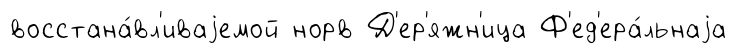
восстана́вл'иваjемой норв Д'ер'яжн'ица Ф'ед'ера́льнаjа